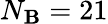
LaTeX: N_{\mathbf{B}}=21